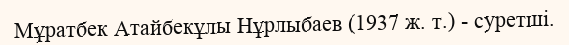
Мұратбек Атайбекұлы Нұрлыбаев (1937 ж. т.) - суретші.